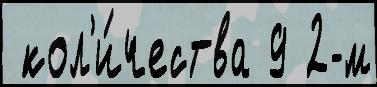
 кол'и́чества 9 2-м